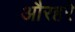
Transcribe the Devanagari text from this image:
औरहरे